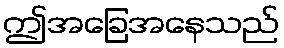
ဤအခြေအနေသည်